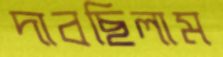
দাবছিলাম